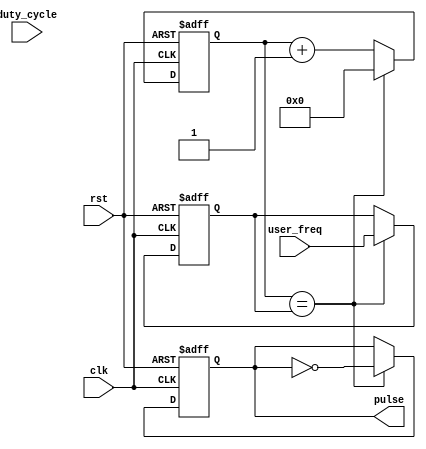
module variable_freq_pulse_generator(
    input wire clk,
    input wire rst,
    input wire [15:0] user_freq,
    input wire [7:0] duty_cycle,
    output reg pulse
);

reg [15:0] counter;
reg [15:0] threshold;

always @(posedge clk or posedge rst) begin
    if(rst) begin
        counter <= 16'b0;
        threshold <= 16'd0;
        pulse <= 1'b0;
    end else begin
        if(counter == threshold) begin
            pulse <= ~pulse;
            counter <= 16'd0;
            threshold <= user_freq;
        end else begin
            counter <= counter + 1;
        end
    end
end

endmodule